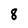
Character: 8